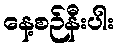
နေ့စဉ်နီးပါး